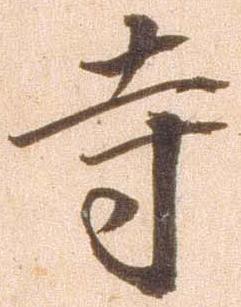
寺